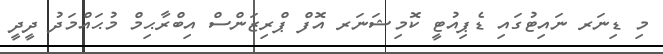
މި ޑިނަރ ނައިޓުގައި ޑެޕިއުޓީ ކޮމިޝަނަރ އޮފް ޕްރިޒަންސް އިބްރާޙިމް މުޙައްމަދު ދީދީ